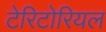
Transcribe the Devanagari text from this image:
टेरिटोरियल